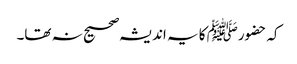
کہ حضورﷺ کا یہ اندیشہ صحیح نہ تھا۔